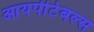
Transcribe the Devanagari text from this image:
आयपीटेबल्स